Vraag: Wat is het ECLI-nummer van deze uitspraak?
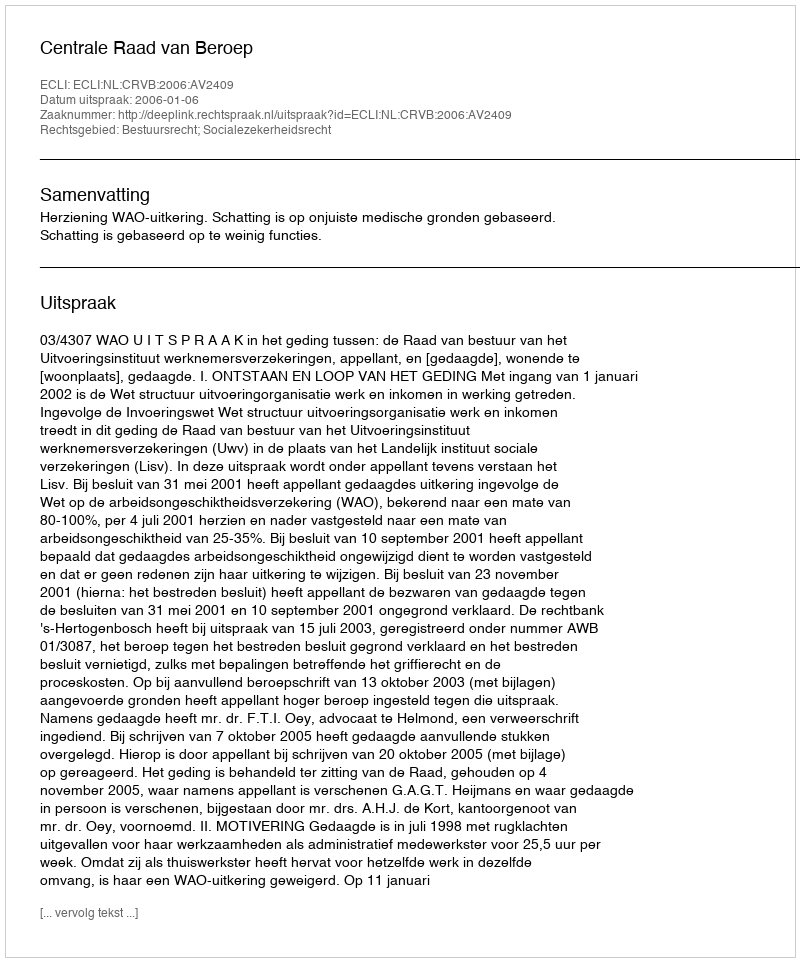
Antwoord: ECLI:NL:CRVB:2006:AV2409